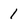
Character: 1